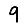
Digit: 9